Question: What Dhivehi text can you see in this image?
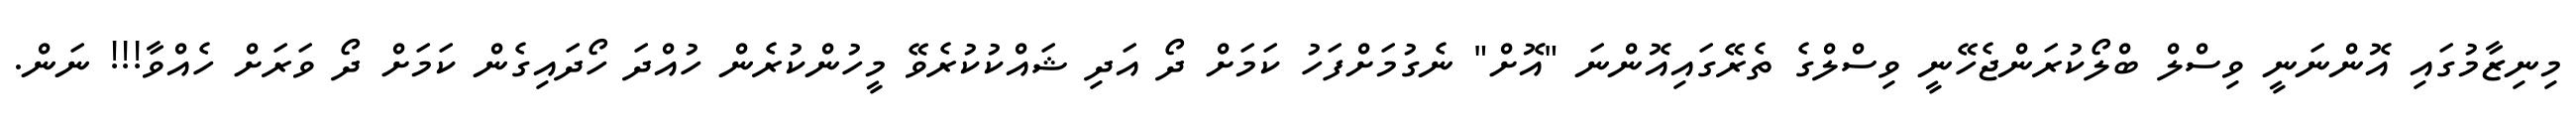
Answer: މިނިޒާމުގައި އޮންނަނީ ވިސްލް ބްލޯކުރަންޖެހޭނީ ވިސްލްގެ ތެރޭގައިއޮންނަ "އޮށް" ނެގުމަށްފަހު ކަމަށް ދޯ އަދި ޝައްކުކުރެވޭ މީހުންކުރެން ހުއްދަ ހޯދައިގެން ކަމަށް ދޯ ވަރަށް ހެއްވާ!!! ނަން.